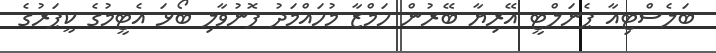
ބަލެސްޓިއާ ޕެނަލްޓީ އޭރިޔާ ބޭރުން ހަމްޒާ މުހައްމަދު ފޮނުވާލި ބޯޅަ އެޓީމުގެ ކީޕަރުގެ